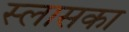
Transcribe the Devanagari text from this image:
स्लासका